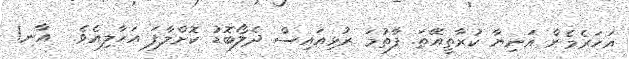
އަހަރެމެން އަނިޔާ ކުރާތީއޭތަ. ފާތުމަ ރުޅިއައިސް ދެލޯބޮޑު ކޮށްލާފަ އަހާލިއެވެ.  އާނ!